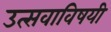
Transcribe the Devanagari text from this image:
उत्सवाविषयी